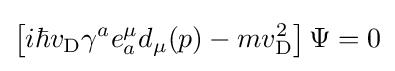
\left[i\hbar v_{\rm {D}}\gamma ^{a}e_{a}^{\mu }d_{\mu }(p)-mv_{\rm {D}}^{2}\right]\Psi =0